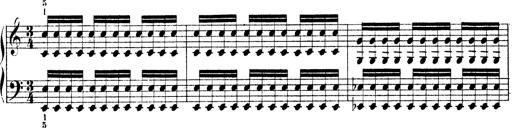
Title: Technische Studien
Composer: Franz Liszt